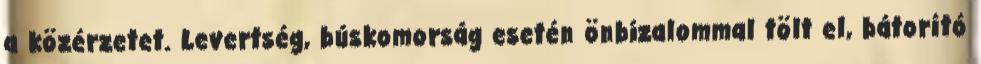
a közérzetet. Levertség, búskomorság esetén önbizalommal tölt el, bátorító